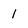
Character: 1